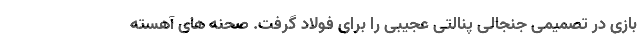
بازی در تصمیمی جنجالی پنالتی عجیبی را برای فولاد گرفت. صحنه های آهسته